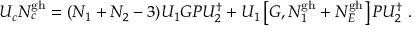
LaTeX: U _ { c } N _ { c } ^ { \mathrm { g h } } = ( N _ { 1 } + N _ { 2 } - 3 ) U _ { 1 } G P U _ { 2 } ^ { \dagger } + U _ { 1 } \left[ G , N _ { 1 } ^ { \mathrm { g h } } + N _ { E } ^ { \mathrm { g h } } \right] P U _ { 2 } ^ { \dagger } \ .